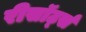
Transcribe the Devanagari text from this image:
रीसॉर्ट्स